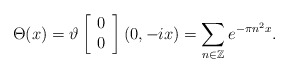
\begin{align*}\Theta(x)=\vartheta \left[\begin{array}{c} 0 \\0 \end{array}\right](0,-ix)=\sum_{n\in \mathbb{Z}} e^{-\pi n^2 x}.\end{align*}